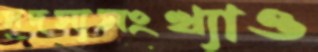
সদস্যসংখ্যাও